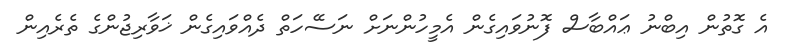
އެ ގޮތުން އިބްނު ޢައްބާސް ފޮނުވައިގެން އެމީހުންނަށް ނަސޭހަތް ދެއްވައިގެން ޚަވާރިޖުންގެ ތެރެއިން